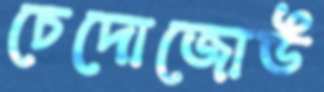
চেদোজোউ